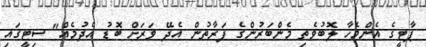
ޕާޓީގެ އެންމެހާ ލޮބުވެތި މެންބަރުންގެ ފަރާތުން އެދޭ ވަރަށް ބޮޑު އެދުމެއް" ސިޓީގައި